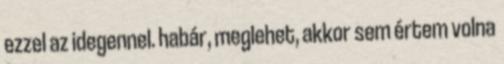
ezzel az idegennel. habár, meglehet, akkor sem értem volna